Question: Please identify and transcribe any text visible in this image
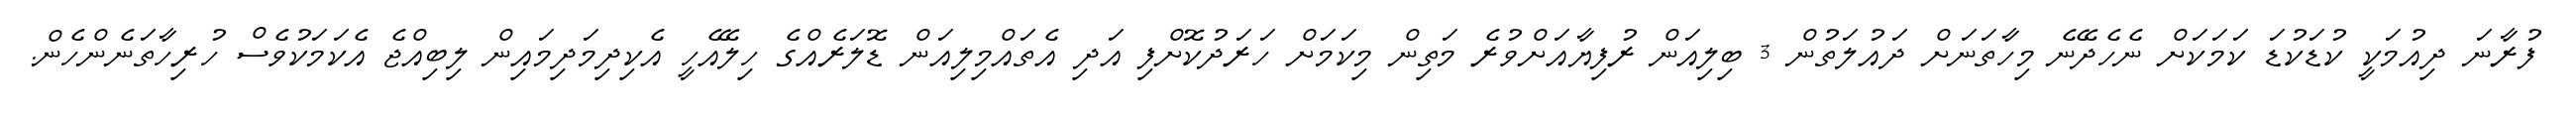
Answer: ފުރާނަ ދިއުމަކީ ކުޑަކުޑަ ކަމަކަށް ނެހެދޭނެ މިހާތަނަށް ދައުލަތުން 3 ބިލިއަން ރުފިޔާއަށްވުރެ މަތިން މިކަމަށް ހަރަދުކޮށްފި އަދި އެތައްމިލިއަން ޑޮލަރެއްގެ ހިލޭއެހީ އެކިދިމަދިމައިން ލިބިއްޖެ އެކަމަކުވެސް ހުރިހާތަނެންހެން.